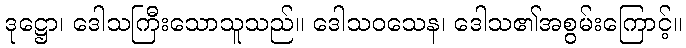
ဒုဋ္ဌော၊ ဒေါသကြီးသောသူသည်။ ဒေါသဝသေန၊ ဒေါသ၏အစွမ်းကြောင့်။